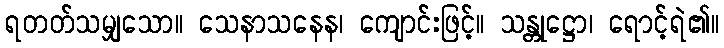
ရတတ်သမျှသော။ သေနာသနေန၊ ကျောင်းဖြင့်။ သန္တုဋ္ဌော၊ ရောင့်ရဲ၏။